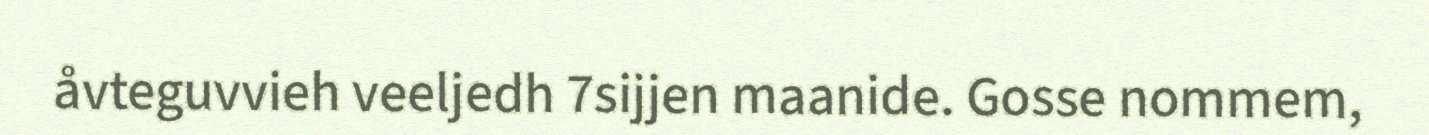
åvteguvvieh veeljedh 7sijjen maanide. Gosse nommem,